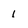
Character: 1